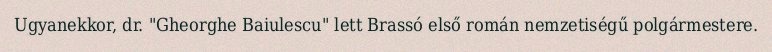
Ugyanekkor, dr. "Gheorghe Baiulescu" lett Brassó első román nemzetiségű polgármestere.